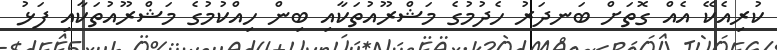
ކުރިއެކޭ އެއް ގޮތަށް ބަނދަރު ހެދުމުގެ މަޝްރޫއުތަކާއި ބިން ހިއްކުމުގެ މަޝްރޫއުތަކާއި ފަޅު